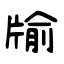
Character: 牏